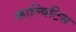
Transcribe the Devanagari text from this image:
काल्विटिस